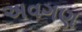
અવગણ